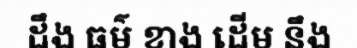
ដឹង ធម៌ ខាង ដើម នឹង